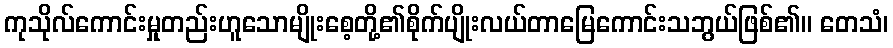
ကုသိုလ်ကောင်းမှုတည်းဟူသောမျိုးစေ့တို့၏စိုက်ပျိုးလယ်တာမြေကောင်းသဘွယ်ဖြစ်၏။ တေသံ၊